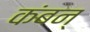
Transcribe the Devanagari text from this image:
कंबन्